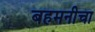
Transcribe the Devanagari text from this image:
बहमनीचा